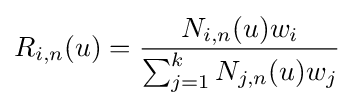
R_{i,n}(u)={\frac {N_{i,n}(u)w_{i}}{\sum _{j=1}^{k}N_{j,n}(u)w_{j}}}